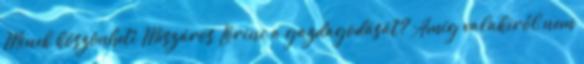
Minek köszönheti Mészáros Lőrinc a gazdagodását? Amíg valakiről nem